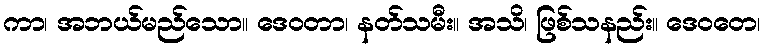
ကာ၊ အဘယ်မည်သော။ ဒေဝတာ၊ နတ်သမီး။ အသိ၊ ဖြစ်သနည်း။ ဒေဝတေ၊